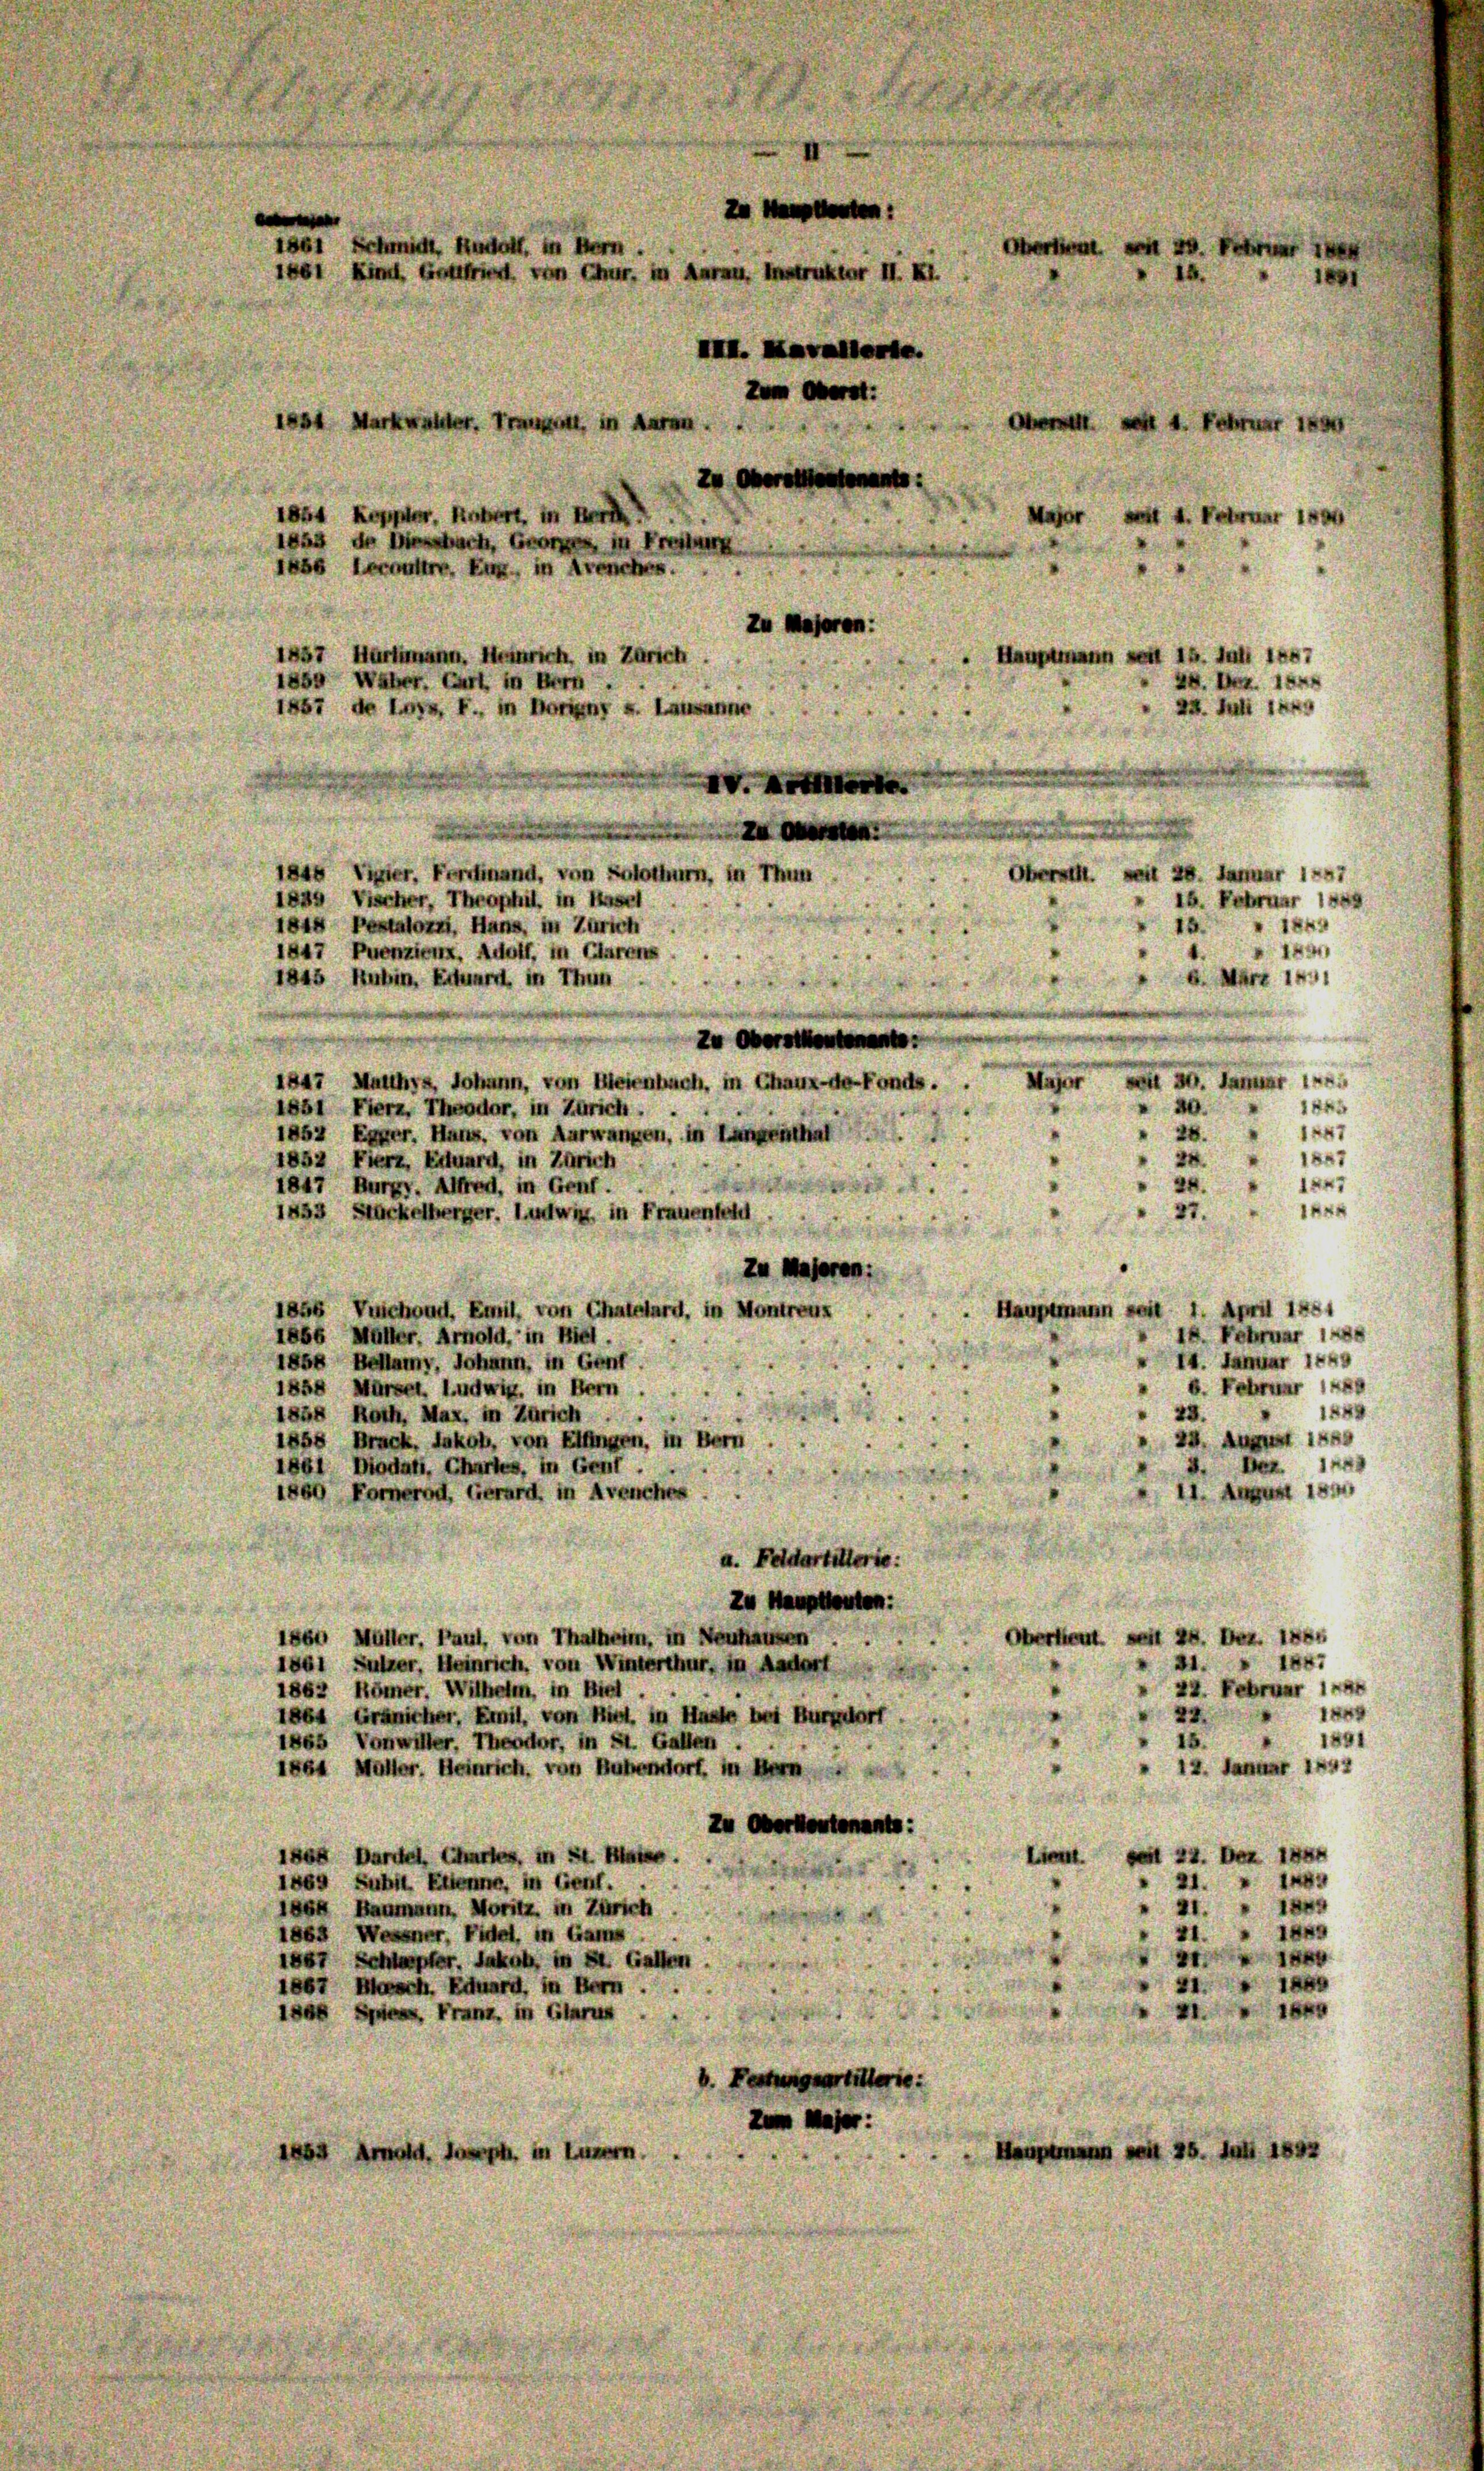
Kre

1844 Vier. Ferdinand, von Solothurn, in Thun
 28. Januar 1
r
1839 Vischer, Theophil. in Hasel
16. Februar 1889
1815 Pestators, Hans, in Zürich
x
4
1847 Puenzieux, Adolf, in Clarens
1845 Rubin, Erhard in Thun.
b. März 1941
ZO
1847 Mutthys, Johann, von Meienbach, in Chaux-de-Fonds.
Mafer von 30. Jammer in
1444
1851 Fierz, Theodor, in Zürich . . .
28.
e
1857 Egger. Hans, von Aarwangen, in Langenthal
24
1887
1852 Fierz, Eilward, in Zürich
2.
1x47
1847 Burgv. Alfred, in Genf.
RE
1453 Stückelberger. Ludwig, in Frauenfeld
37.
Zu Maseren:
1856 Vuichoud, Emil, von Chatelard, in Montreus
Hauptmann seit 1. April 1881
1866 Müller. Arnold, in Biel
18. Februar 184
1858 Belly, Johann, in Genf
14. Januar 1849
b. Februar 18
1858 Märzel, Ludwig, in Bern
14
23.
1858 Roth, Max, in Zürich ..
24. August in
1858 Bruck, Jakob, von Elfingen, in Bern
2. Bez. 18
1861 Diodati, Chartes, in Genf
11. August im
1860 Fornerod, Gerard in Avenches
a. Feldartitterie:
Zu Hauptleuten:
16t Mutter, Paul, von Thalheim, in Neuhausen
24. Dez. 1884
Ober
IEx:
1861 Sulzer, Heinrich, von Winterthur, in Aadorf
31
22. Februar 18
1862 Römer. Wilhelm, in Biel . .
1
1864 Gränicher, Emil, von Hirt in Huste bei Burgdorf
1891
1865 Vonwiller, Theodor, in St. Gallen
Januar 144.
2
1864 Mutter, Heinrich, von Bubendorf, in Bern
Zu Oekontenants:
i
ises Bartel, Chartes, in St. Mater
e
21.
1869 Subst Etten, in Genf.
r
 Baumann, Moritz, in Zürich
21.
41
1885 Wesener, Fidel, in Gams
r
1er Schlupfer. Jakob, in St. Gallen
i
1867 Besch. Eduard, in Bern . .
21
, Franz, in Glarus
b. Festungsartillerie:
:
 in Luzern

IIII. Kavalierte.
Zum Oberat:
 Markwalter. Traget, in
II
2
1 Keppler, Robert, in Her
1853 de lach, Georgen, in Freihe
1 Lermutter, Er in Avenches
zu
1857 Hartmann, Heinrich, in Zürich
ne 15. Juli 1887
1889 Waber. Cart in Bern
AB. Art. 188
22. Juli 1849
1857 de Lex F., in Bern u. Lausanne

1861 Schricht, Rudolf, in Bern.
i Kind von E. in Aarau, Instruktur II. Kl.

d